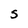
Character: s